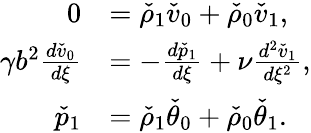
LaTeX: \begin{array}{rl}{0}&{=\check{\rho}_{1}\check{v}_{0}+\check{\rho}_{0}\check{v}_{1},}\\ {\gamma b^{2}\frac{d\check{v}_{0}}{d\xi}}&{=-\frac{d\check{p}_{1}}{d\xi}+\nu\frac{d^{2}\check{v}_{1}}{d\xi^{2}},}\\ {\check{p}_{1}}&{=\check{\rho}_{1}\check{\theta}_{0}+\check{\rho}_{0}\check{\theta}_{1}.}\end{array}